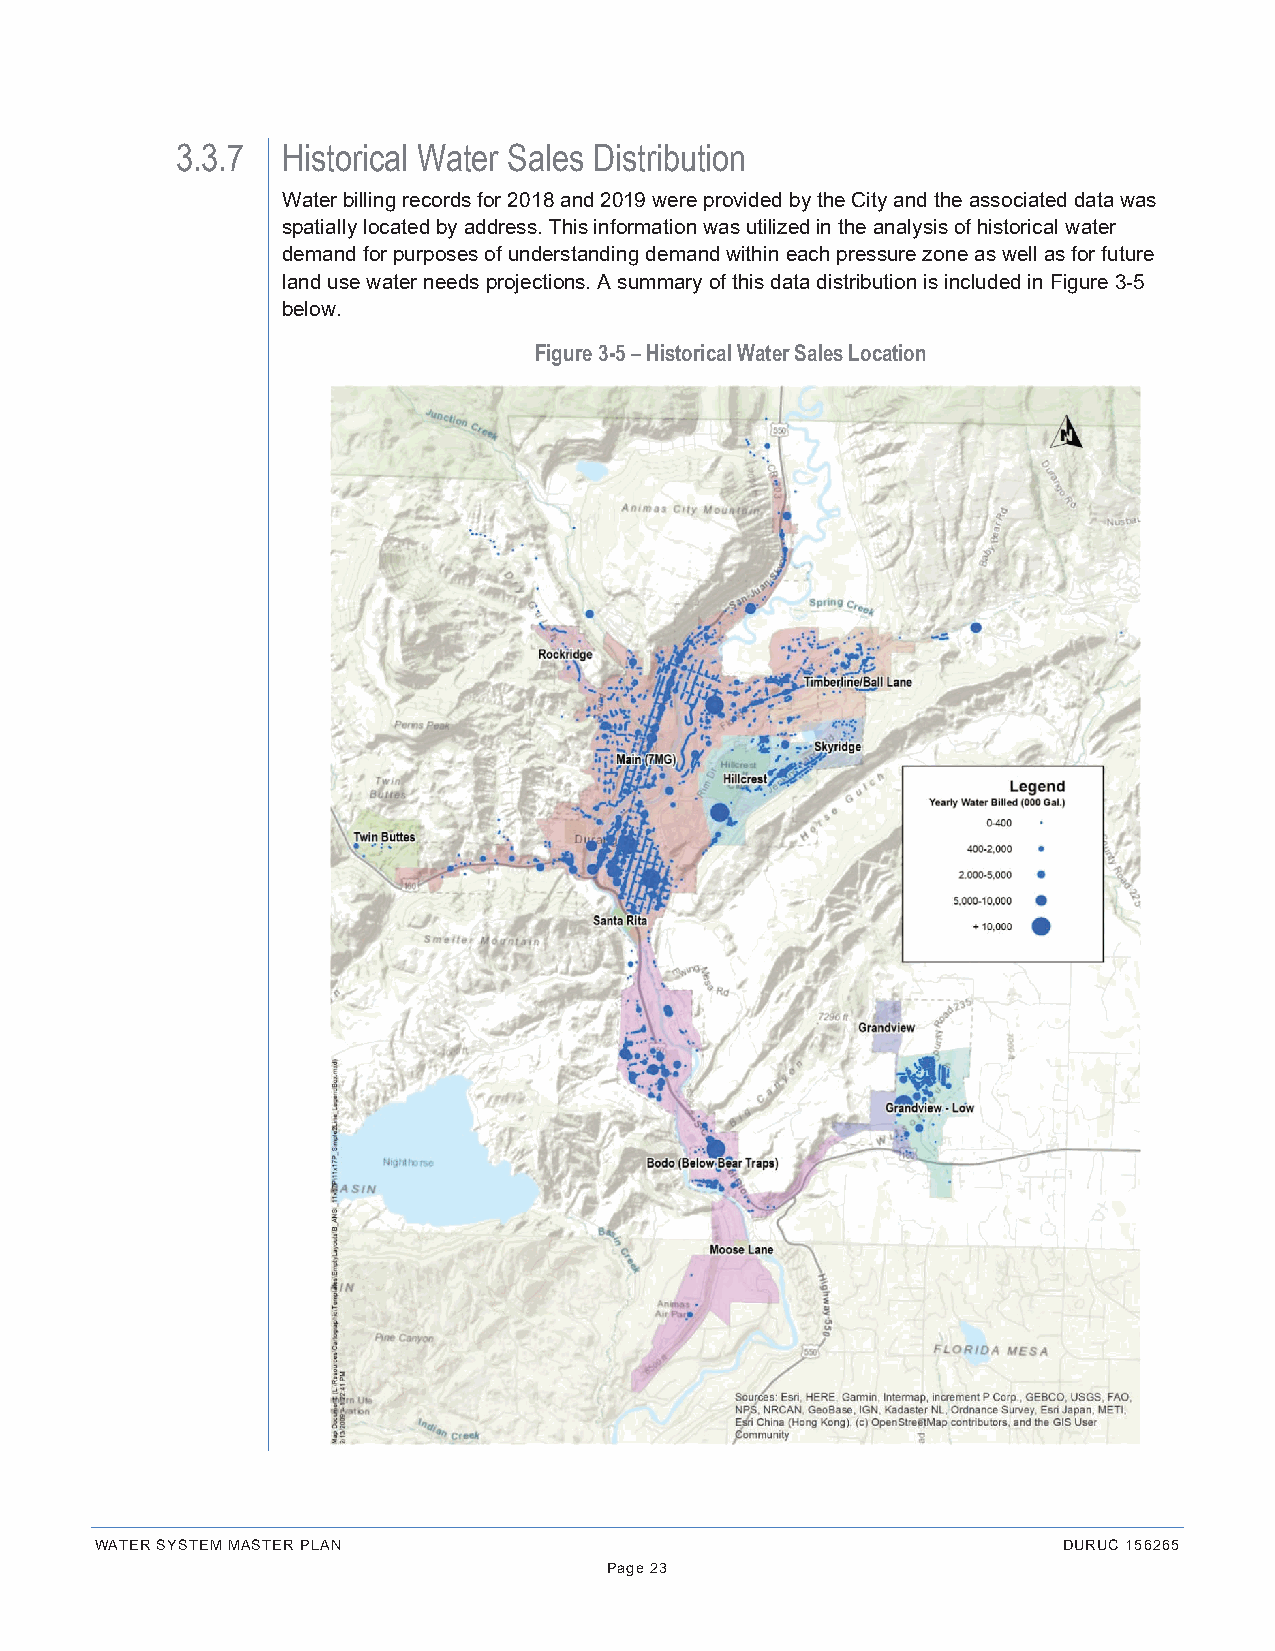
3.3.7  Historical Water Sales Distribution
 Water billing records for 2018 and 2019 were provided by the City and the associated data was
 spatially located by address. This information was utilized in the analysis of historical water
 demand for purposes of understanding demand within each pressure zone as well as for future
 land use water needs projections. A summary of this data distribution is included in Figure 3-5
 below.
 Figure 3-5 – Historical Water Sales Location
 WATER SYSTEM MASTER PLAN                                        DURUC 156265
 Page 23